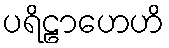
ပရိဠာဟေဟိ